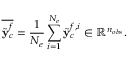
\overline { { \tilde { { \bf y } } _ { c } ^ { f } } } = \frac { 1 } { N _ { e } } \sum _ { \substack { i = 1 } } ^ { N _ { e } } { \tilde { { \bf y } } _ { c } ^ { f , i } } \in \mathbb { R } ^ { n _ { o b s } } .